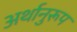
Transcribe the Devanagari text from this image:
अर्थानुरूप